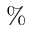
\%